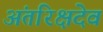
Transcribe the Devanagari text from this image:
अंतरिक्षदेव